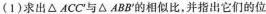
(1)求出\triangle ACC^{\prime}与\triangle ABB^{\prime}的相似比，并指出它们的位